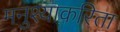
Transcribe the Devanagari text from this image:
मनुश्याकरिता